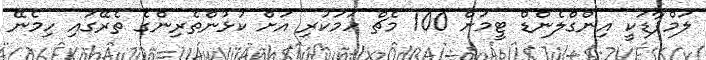
ލަމްޕާޑަކީ އިންގްލެންޑް ޓީމަށް 100 މެޗް ހަމަކުރި އަށް ކުޅުންތެރިންގެ ތެރޭގައި ހިމެނޭ